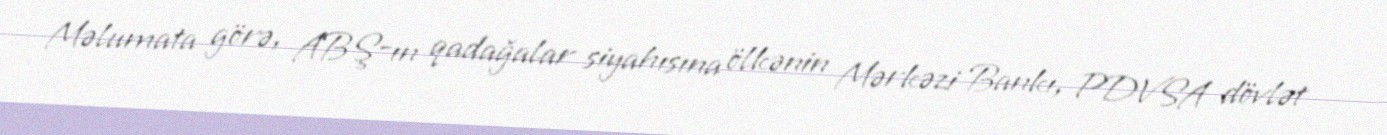
Məlumata görə, ABŞ-ın qadağalar siyahısına ölkənin Mərkəzi Bankı, PDVSA dövlət